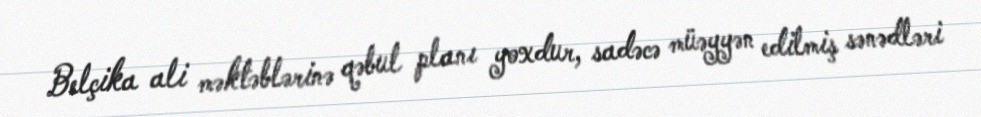
Belçika ali məktəblərinə qəbul planı yoxdur, sadəcə müəyyən edilmiş sənədləri